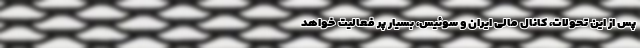
پس از این تحولات، کانال مالی ایران و سوئیس، بسیار پر فعالیت خواهد